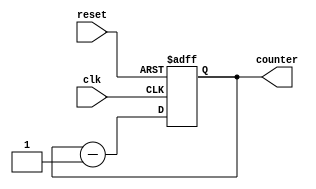
module Down_Counter(input clk, reset, output [3:0] counter
    );
reg [3:0] counter_down;

// down counter
always @(posedge clk or posedge reset)   
begin
if(reset)      // If reset is active
      // Reset counter to 15 (4'b1111)
 counter_down <= 4'hf;
else
 counter_down <= counter_down - 4'd1;   // Decrement counter by 1
end 
assign counter = counter_down;    // Output assignment

endmodule